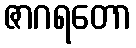
ဇာဂရတော